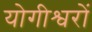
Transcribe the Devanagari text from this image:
योगीश्वरों